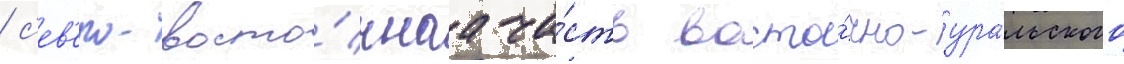
/ с'ев'еро-восто́чнаа ча́сть восто́чно-ура́льского